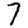
Digit: 7